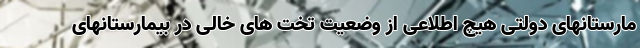
مارستانهای دولتی هیچ اطلاعی از وضعیت تخت های خالی در بیمارستانهای